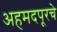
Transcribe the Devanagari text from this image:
अहमदपूरचे